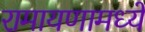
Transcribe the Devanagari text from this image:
रामायणामध्यें